Insane asylums Bombay 1873-77 - 1873-1877
Year: 1873
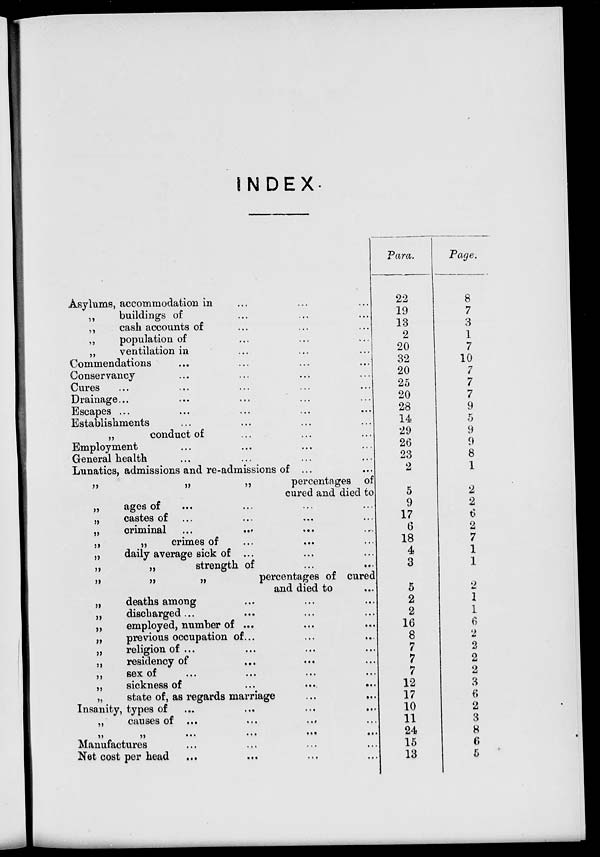
INDEX.
Asylums, accommodation in ... ... ...
„
buildings of ... ... ...
„
cash accounts of ... ... ...
„
population of ... ... ...
„
ventilation in ... ... ...
Commendations ... ... ... ...
Conservancy ... ... ... ...
Cures ... ... ... ...
Drainage ... ... ... ... ...
Escapes ... ... ... ... ...
Establishments ... ... ... ...
„
conduct of ... ... ...
Employment ... ... ... ...
General health ... ... ... ...
Lunatics, admissions and re-admissions of ... ...
„
„
„
percentages of
cured and died to
„
ages of ... ... ... ...
„
castes of ... ... ... ...
„
criminal ... ... ... ...
„
„
crimes of ... ... ...
„
daily average sick of ... ... ...
„
„
strength of ... ...
„
„
„
percentages of cured
and died to ...
„
deaths among ... ... ...
„
discharged ... ... ...
„
employed, number of ... ... ...
„
previous occupation of ... ... ...
„
religion of ... ... ... ...
„
residency of ... ... ...
„ sex of ... ... ... ...
„
sickness of ... ... ...
„
state of, as regards marriage ... ...
Insanity, types of ... ... ... ...
„
causes of ... ... ... ...
„
„
...
...
...
...
Manufactures ... ... ... ...
Net cost per head ... ... ... ...
Para.
22
19
13
2
20
32
20
25
20
28
14
29
26
23
2
5
9
17
6
18
4
3
5
2
2
16
8
7
7
7
12
17
10
11
24
15
13
Page.
8
7
3
1
7
10
7
7
7
9
5
9
9
8
1
2
2
6
2
7
1
1
2
1
1
6
2
2
2
2
3
6
2
3
8
6
5